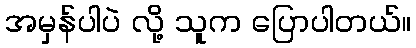
အမှန်ပါပဲ လို့ သူက ပြောပါတယ်။